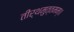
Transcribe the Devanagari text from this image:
तीर्थमुत्तमम्‌॥